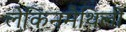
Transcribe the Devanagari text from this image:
लेकिनमैथिली